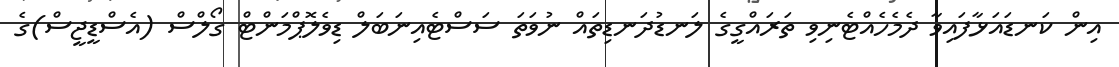
އިން ކަނޑައަޅާފައިވާ ދެމެހެއްޓެނިވި ތަރައްގީގެ ލަނޑުދަނޑިތައް ނުވަތަ ސަސްޓެއިނަބަލް ޑިވެލޮޕްމަންޓް ގޯލްސް (އެސްޑީޖީސް)ގެ